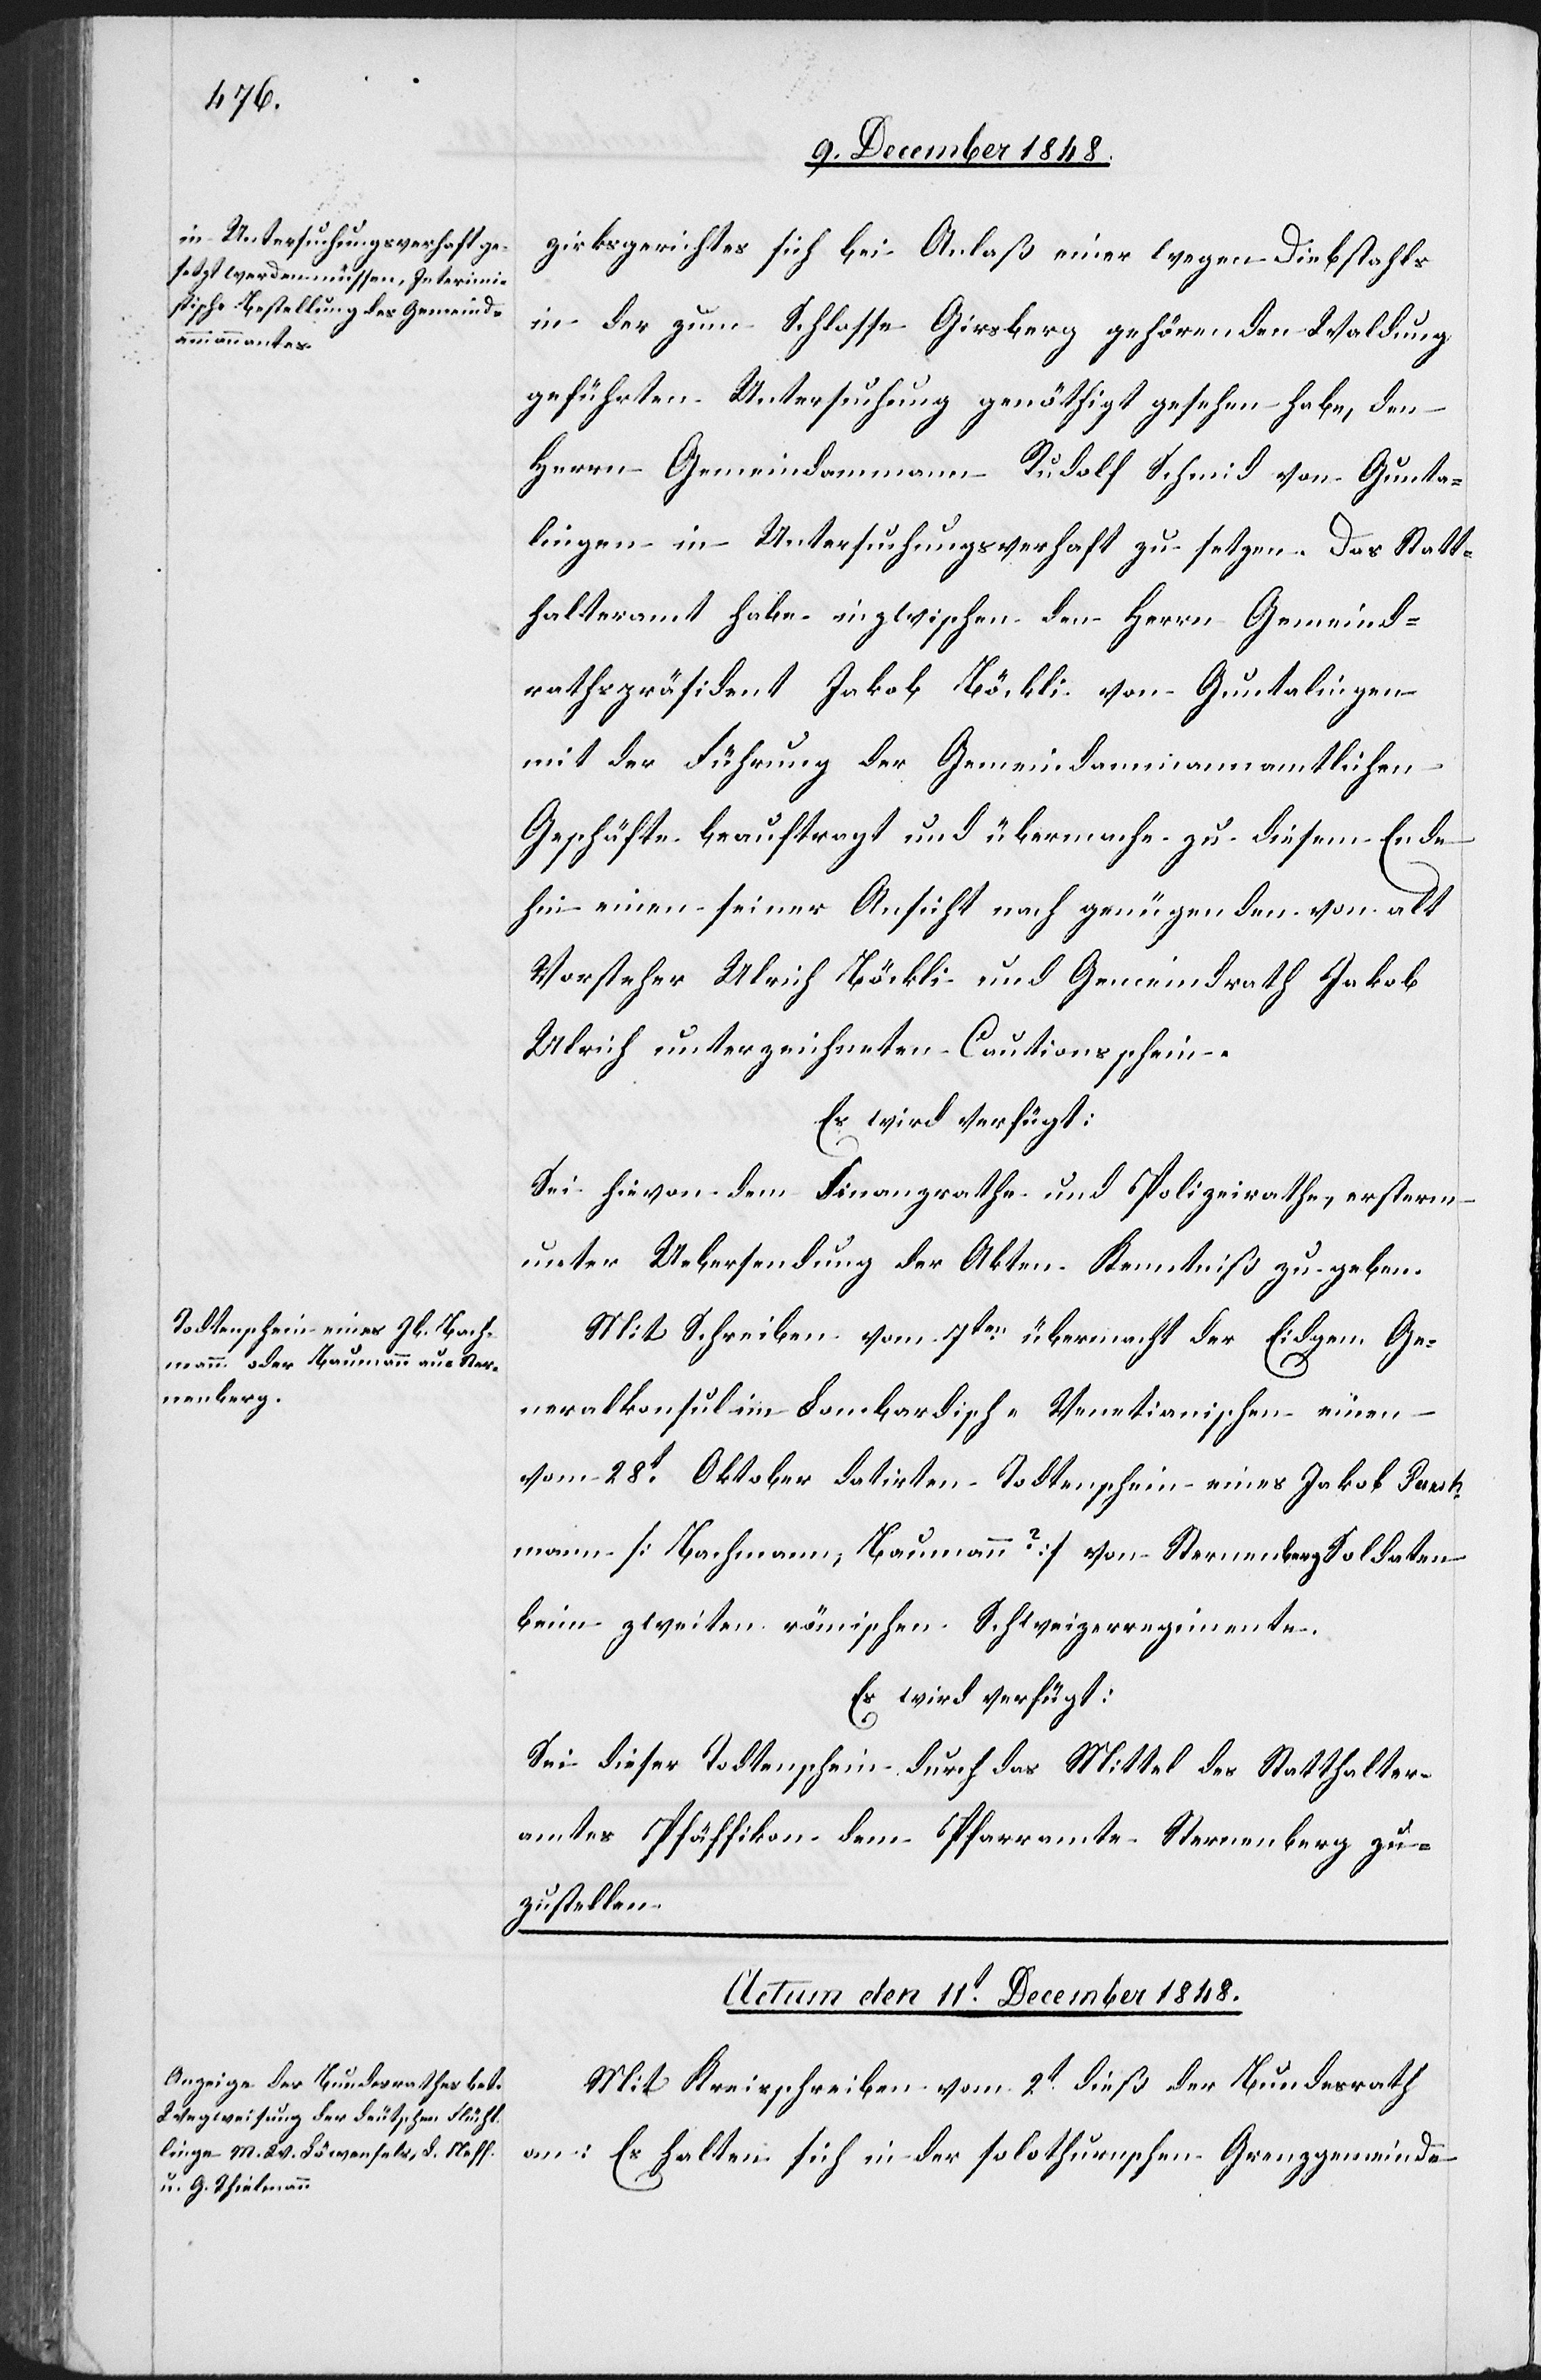
zirksgerichtes sich bei Anlaß einer wegen Diebstahls
in der zum Schlosse Girsberg gehörenden Waldung
geführten Untersuchung genöthigt gesehen habe, den
Herrn Gemeindammann Rudolf Schmid von Gunta¬
lingen in Untersuchungsverhaft zu setzen. Das Statt¬
halteramt habe inzwischen den Herrn Gemeind¬
rathspräsident Jakob Böckli von Guntalingen
mit der Führung der Gemeindammannamtlichen
Geschäfte beauftragt und übermache zu diesem Ende
hin einen seiner Ansicht nach genügenden von alt
Vorsteher Ulrich Böckli und Gemeindrath Jakob
Ulrich unterzeichneten Cautionsschein.
Es wird verfügt:
Sei hievon dem Finanzrathe und Polizeirathe, ersterm
unter Uebersendung der Akten Kenntniß zu geben.
Mit Schreiben vom 7ten übermacht der eidgen. Ge¬
neralkonsul im Lombardisch-Venetianischen einen
vom 28t Oktober datirten Todtenschein eines Jakob [?Paech¬
mann] [Bachmann, Baumann?] von Sternenberg Soldaten
beim zweiten römischen Schweizerregimente.
Es wird verfügt:
Sei dieser Todtenschein durch das Mittel des Statthalter¬
amtes Pfäffikon dem Pfarramte Sternenberg zu¬
zustellen.
Actum den 11t December 1848.
Mit Kreisschreiben vom 2t dieß [zeigt] der Bundesrath
an: Es halten sich in der solothurnschen Grenzgemeinde